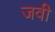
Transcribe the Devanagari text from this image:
जवी